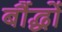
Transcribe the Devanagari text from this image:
बौंद्धों